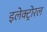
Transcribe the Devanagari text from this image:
इलेक्ट्रोरल